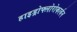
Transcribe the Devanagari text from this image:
हाइड्रोफ्लोरोकार्बन